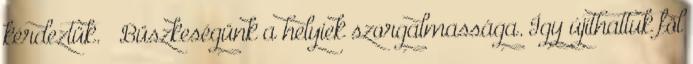
kérdeztük. – Büszkeségünk a helyiek szorgalmassága. Így újíthattuk föl